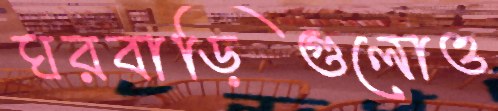
ঘরবাড়িগুলোও